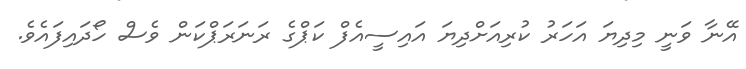
އޭނާ ވަނީ މިދިޔަ އަހަރު ކުރިއަށްދިޔަ އައިސީއެފް ކަޕްގެ ރަނަރަޕްކަން ވެސް ހޯދައިފައެވެ.